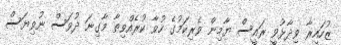
ޒުހައިރާ ވިދާޅުވީ ރައީސް ޔާމިން ވެރިކަމުގެ ހުވާ ކުރެއްވިތާ މާގިނަ ދުވަސް ނުވިޔަސް